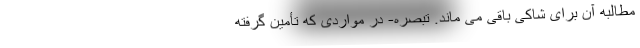
مطالبه آن برای شاکی باقی می ماند. تبصره- در مواردی که تأمین گرفته